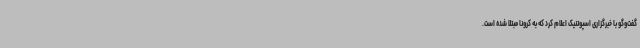
گفت‌وگو با خبرگزاری اسپوتنیک اعلام کرد که به کرونا مبتلا شده است.